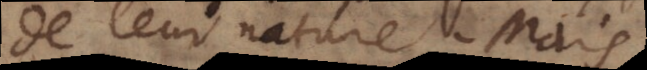
de leur nature. Mais